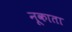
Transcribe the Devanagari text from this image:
नूकाता